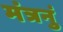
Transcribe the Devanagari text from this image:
मंत्रनुं